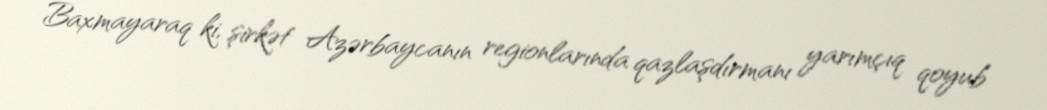
Baxmayaraq ki, şirkət Azərbaycanın regionlarında qazlaşdırmanı yarımçıq qoyub